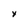
Character: x